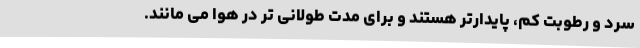
سرد و رطوبت کم، پایدارتر هستند و برای مدت طولانی تر در هوا می مانند.